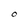
Character: O